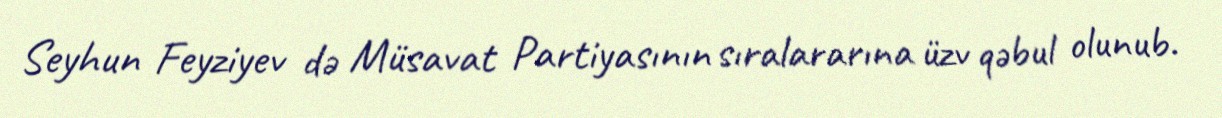
Seyhun Feyziyev də Müsavat Partiyasının sıralararına üzv qəbul olunub.